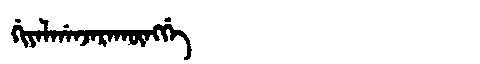
Manchu: ᡤᡳᠶᠠᠯᡤᠠᠨᠵᠠᡵᠠᡴᡡᠩᡤᡝ
Romanization: GIYALGANJARAKŪNGGE